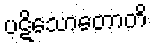
ပဋိသောတောတိ